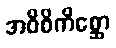
အဝိစိကိစ္ဆော